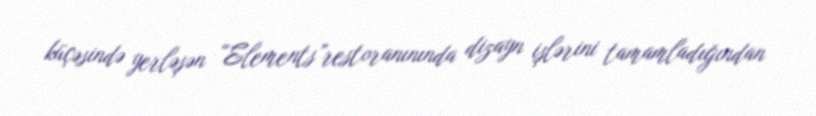
küçəsində yerləşən “Elements”restoranınında dizayn işlərini tamamladığından